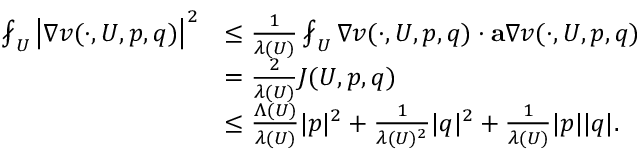
\begin{array} { r l } { \fint _ { U } \left| \nabla v ( \cdot , U , p , q ) \right| ^ { 2 } } & { \leq \frac { 1 } { \lambda ( U ) } \fint _ { U } \nabla v ( \cdot , U , p , q ) \cdot \mathbf { a } \nabla v ( \cdot , U , p , q ) } \\ & { = \frac { 2 } { \lambda ( U ) } J ( U , p , q ) } \\ & { \leq \frac { \Lambda ( U ) } { \lambda ( U ) } | p | ^ { 2 } + \frac { 1 } { \lambda ( U ) ^ { 2 } } | q | ^ { 2 } + \frac { 1 } { \lambda ( U ) } | p | | q | . } \end{array}